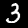
Label: 3